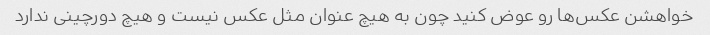
خواهشن عکس‌ها رو عوض کنید چون به هیچ عنوان مثل عکس نیست و هیچ دورچینى ندارد